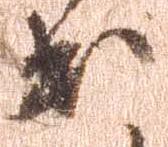
出